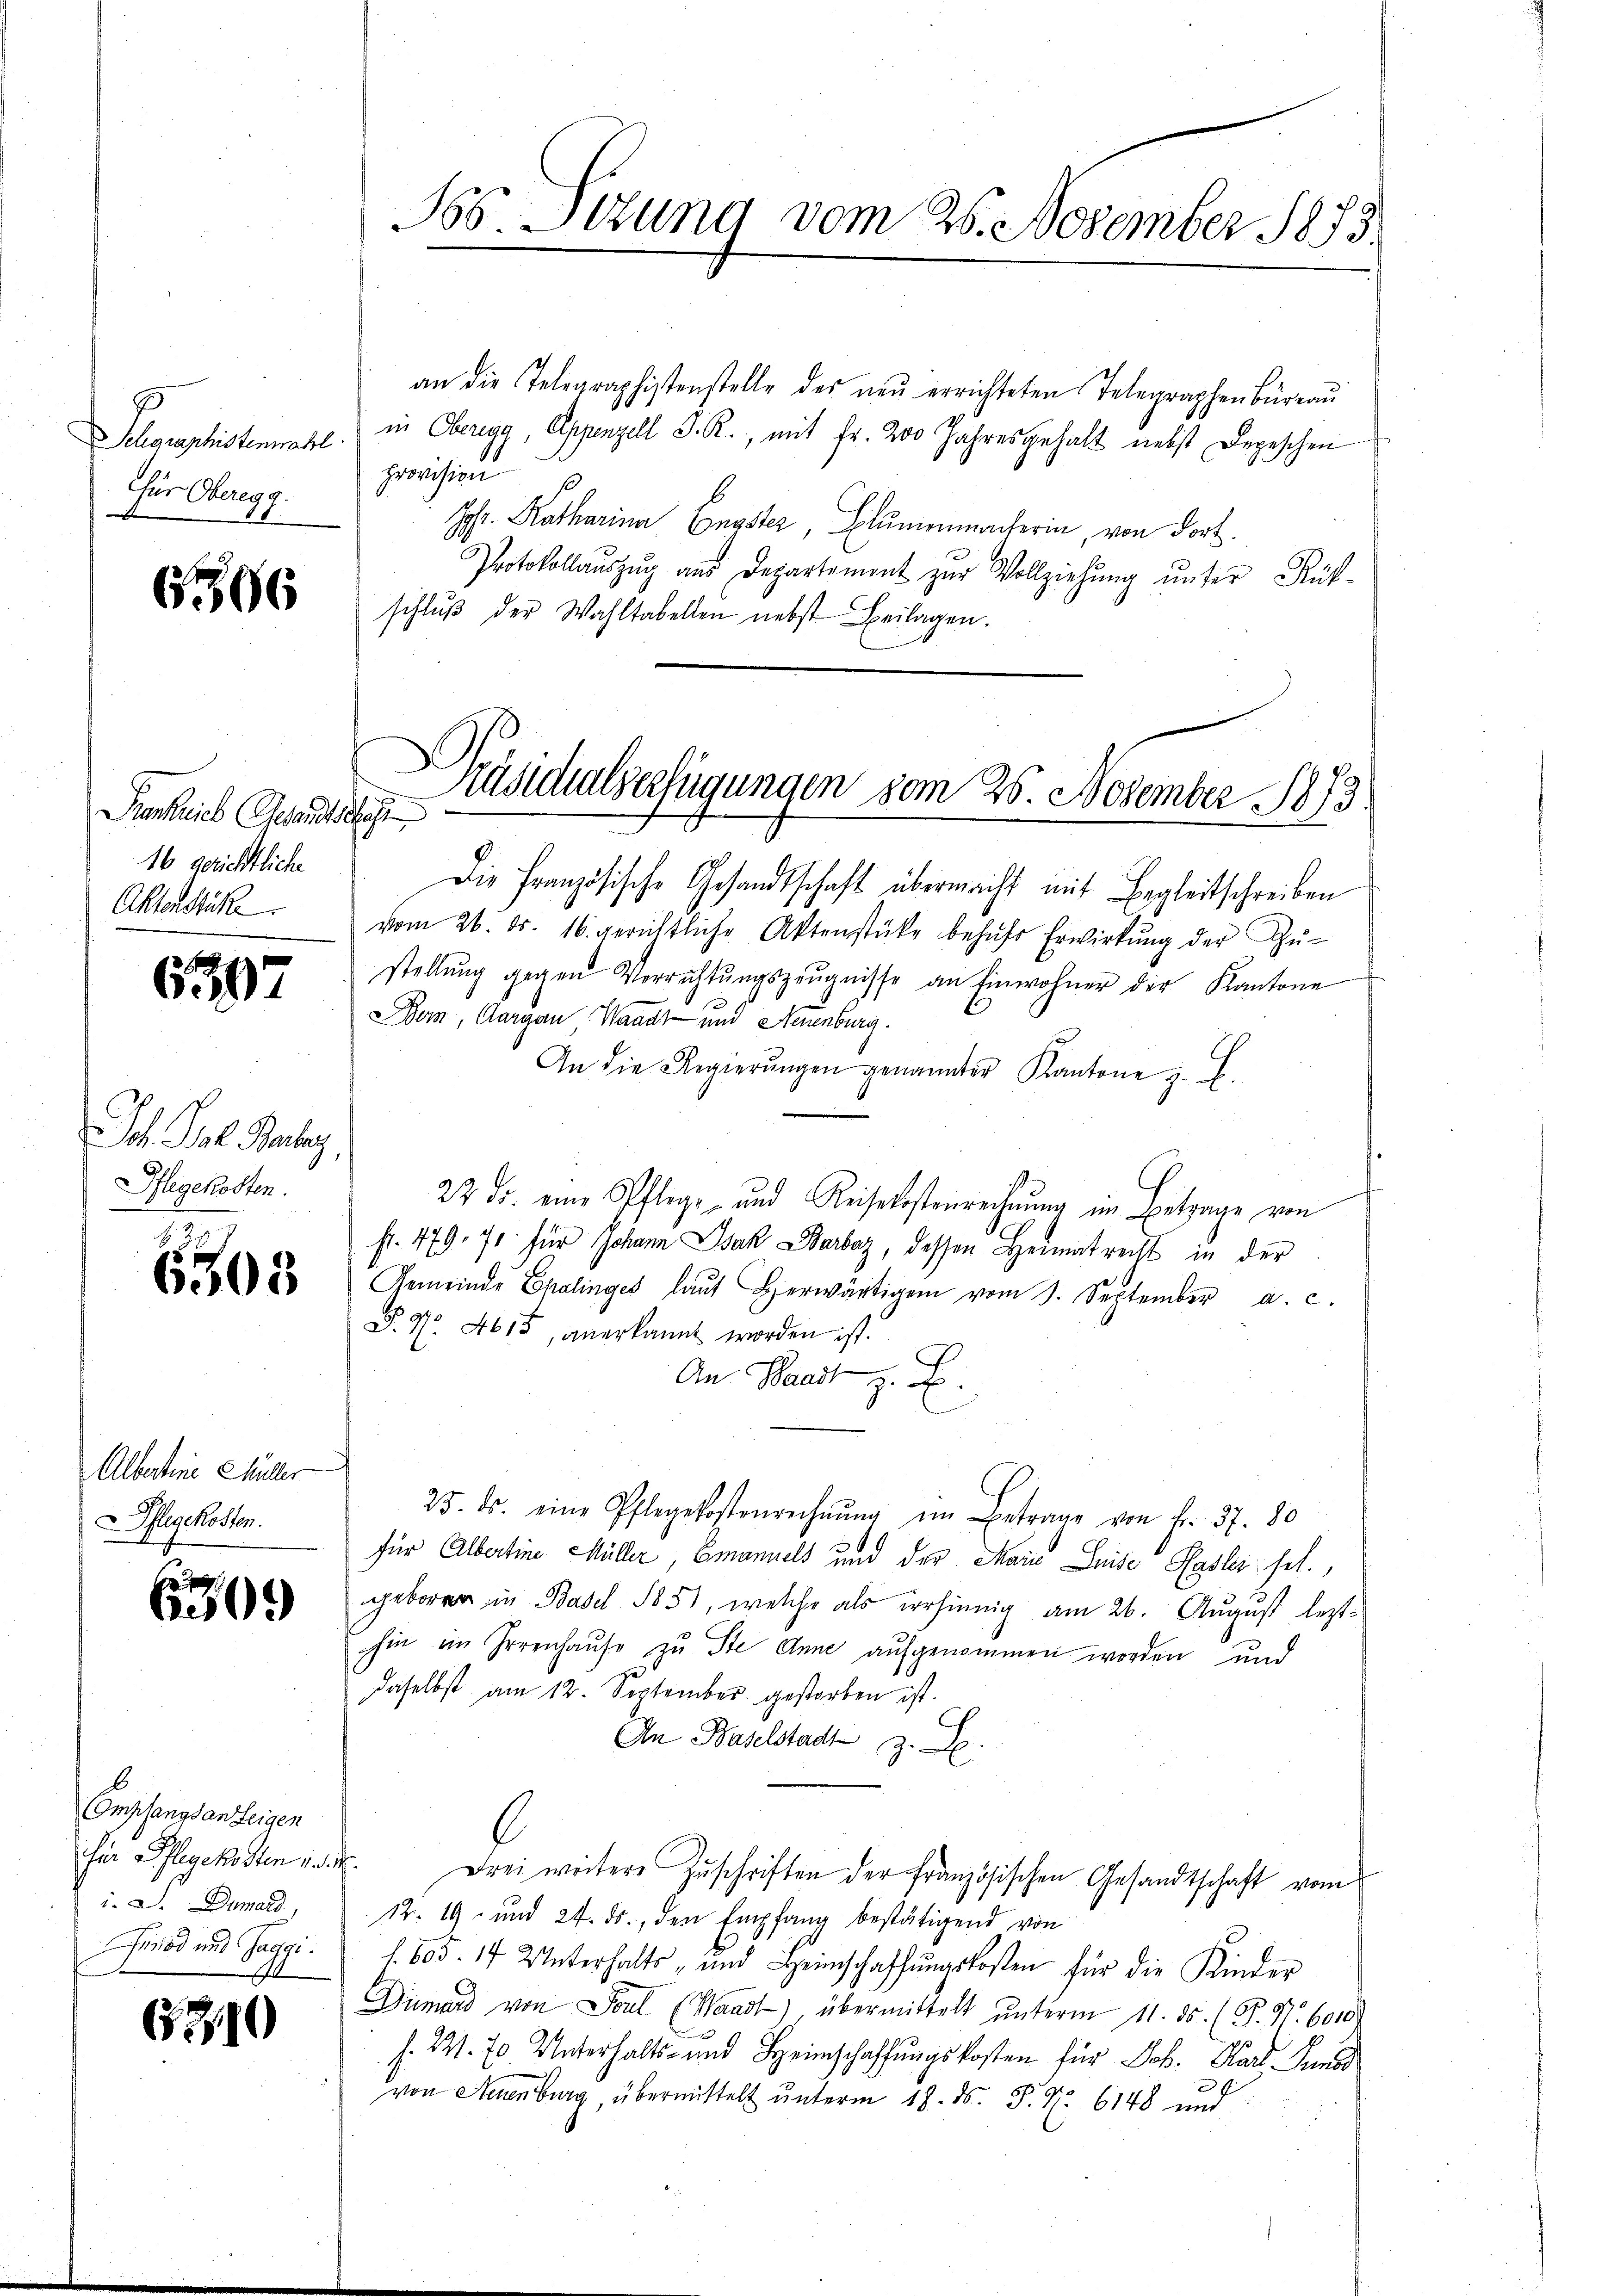
Schgraphistenmahl
Für Oberegg.

6366

Sienkreich Gesandtschaft
16 gerichtliche
Aktenstück

6397

Ich. Prof. Baby
Pflegekosten.

6303

Albertine Müller
Pflegekosten.

609

6
Ompfangsanzeigen
iher Pflegen den 1.
. D. Damals,
Grod und Saggi.

630

Jos. thung vom 26. November 1875

n
Präsidialverfügungen vom 25. November 1873
e

Die Französische Gesandtschaft übermacht mit Begleitschreiben
vom 26. ds. 16. gerichtliche Aktenstücke behŭfs Erwirkŭng der Zŭ-
stellŭng gegen Verrichtŭngszeŭgnisse an Einwohner der Kantone
Dom, Aargau, Waadt und Neuenburg.
An die Regierŭngen genannter Kantone z. B.
22 Fr. eine Pflege und Reisekostenrechnŭng im Betrage von
fr. 479. 71. für Johann Isak Barbaz, dessen Heimatrecht in der
Gemeinde Ehelinges laŭt herwärtigen vom 3. September a. c.
P. Nr. 4615, anerkannt worden ist.
An Waadt z. B.
25. ds. eine Pflegekostenrechnŭng im Betrage von Fr. 37. 80
für Albertine Müller, Emanuels und der Marie Luise Hasler sel.,
geboren in Basel 1851, welche als irrsinnig am 26. August lezthin im Irrenhause zu Ste Anne aufgenommen worden und
daselbst am 12. September gestorben ist.
An Baselstadt z. B.
. Drei weitere Zuschriften der französischen Gesandtschaft vom
12. 19 und 24. ds., den Empfang bestätigend von
f. 603. 17 Unterhalts- und Heimschaffŭngskosten für die Kinder
Dümard von Paul (Waadt) übermittelt ŭnterm 11. ds. (T. N. 6010)
s. 21. 70 Unterhalts- und Heimschaffungskosten für Joh. Karl Juni
von Neuenburg, übermittelt unterm 18. ds. P. Nr. 6148 und

an die Telegraphistenstelle des neŭ errichteten Telegraphenbüreaŭ
in Oberegg, Appenzell S. R., mit Fr. 200 Jahresgehalt nebst Depeschen
provision
Joh. Katharina Engster, Blumenmacherin, von Fort
Protokollaŭszŭg aŭs Departement zŭr Vollziehŭng ŭnter Rück-
schlŭβ der Wahltabellen nebst Beilagen.